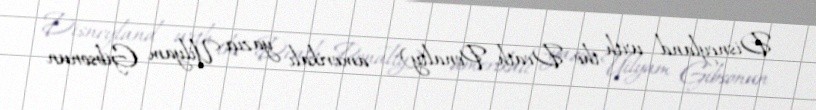
Disneyland with the Death Penalty) — amerikalı yazıçı Uilyam Gibsonun